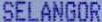
SELANGOR